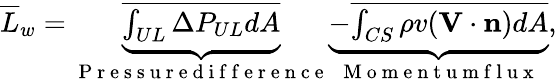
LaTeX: \begin{array}{r}{\overline{{L}}_{w}=\underbrace{\overline{{\int_{UL}\Delta P_{UL}dA}}}_{\mathrm{~P~r~e~s~s~u~r~e~d~i~f~f~e~r~e~n~c~e~}}\underbrace{-\overline{{\int_{CS}\rho v(\mathbf{V}\cdot\mathbf{n})dA}}}_{\mathrm{~M~o~m~e~n~t~u~m~f~l~u~x~}},}\end{array}